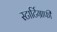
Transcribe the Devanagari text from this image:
स्टार्टिग्राफी